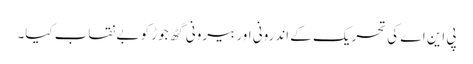
پی این اے کی تحریک کے اندرونی اور بیرونی گٹھ جوڑ کو بے نقاب کیا۔